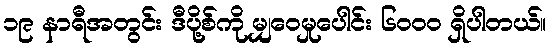
၁၉ နာရီအတွင်း ဒီပို့စ်ကို မျှဝေမှုပေါင်း ၆၀၀၀ ရှိပါတယ်။